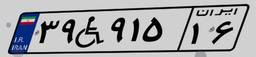
۳۹W۹۱۵۱۶